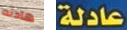
هادئه عادلة